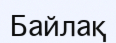
Байлақ